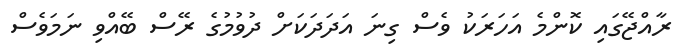
ރާއްޖޭގައި ކޮންމެ އަހަރަކު ވެސް ގިނަ އަދަދަކަށް ދުވުމުގެ ރޭސް ބޭއްވި ނަމަވެސް